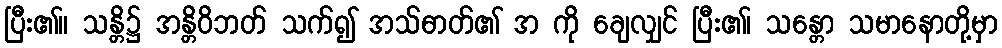
ပြီး၏။ သန္တိ၌ အန္တိဝိဘတ် သက်၍ အသ်ဓာတ်၏ အ ကို ချေလျှင် ပြီး၏၊ သန္တော သမာနောတို့မှာ